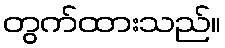
တွက်ထားသည်။